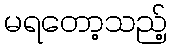
မရတော့သည့်